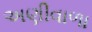
અણીવાળા